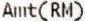
AMT(RM)